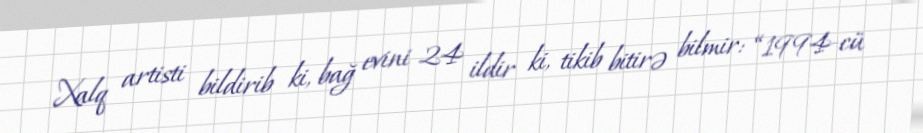
Xalq artisti bildirib ki, bağ evini 24 ildir ki, tikib bitirə bilmir: “1994-cü